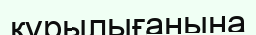
құрылығанына